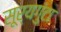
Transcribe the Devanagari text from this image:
सूर्यगुंटा